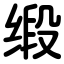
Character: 缎